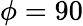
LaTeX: \phi=90